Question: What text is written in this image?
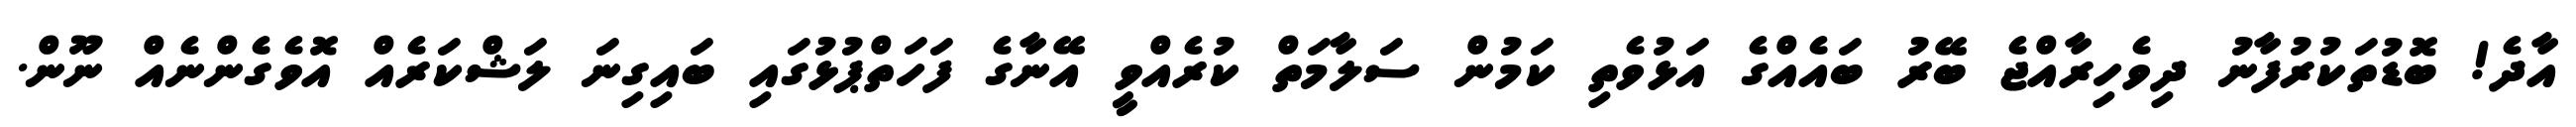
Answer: އާދެ! ބޮޑުތަކުރުފާނު ދިވެހިރާއްޖެ ބޭރު ބައެއްގެ އަޅުވެތި ކަމުން ސަލާމަތް ކުރެއްވީ އޭނާގެ ފަހަތްޕުޅުގައި ބައިގިނަ ލަޝްކަރެއް އޮވެގެންނެއް ނޫން.